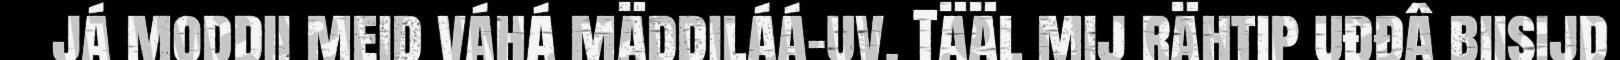
já moddii meid váhá mäddiláá-uv. Tääl mij rähtip uđđâ biisijd